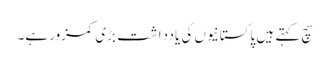
سچ کہتے ہیں پاکستانیوں کی یادداشت بڑی کمزور ہے۔